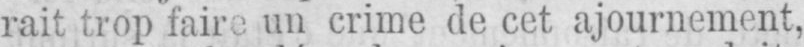
rait trop faire un crime de cet ajournement,